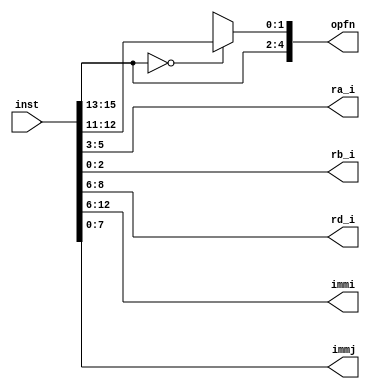
module decoder(inst,ra_i,rb_i, rd_i,immi,immj,opfn);
    input [15:0] inst;
    output [2:0] ra_i, rb_i , rd_i ;
    output [6:0] immi;
    output [7:0] immj;
    output reg [4:0] opfn;
    assign ra_i = inst[5:3];
    assign rb_i = inst[2:0];
    assign rd_i = inst[8:6];
    assign immi = inst[12:6];
    assign immj = inst[7:0];
    always @ (inst)
        begin
        opfn[4:2]=inst[15:13];  
        if(inst[15:13]==0)
            opfn[1:0]= inst[12:11];
        else 
            opfn[1:0]= 2'bxx;
        end
endmodule